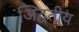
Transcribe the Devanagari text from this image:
अिद्वतीय